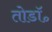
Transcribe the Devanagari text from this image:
तोडॉ॰